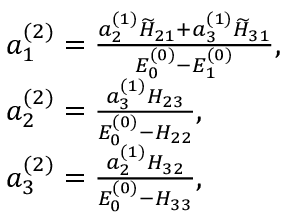
\begin{array} { r l } & { a _ { 1 } ^ { ( 2 ) } = \frac { a _ { 2 } ^ { ( 1 ) } \widetilde H _ { 2 1 } + a _ { 3 } ^ { ( 1 ) } \widetilde H _ { 3 1 } } { E _ { 0 } ^ { ( 0 ) } - E _ { 1 } ^ { ( 0 ) } } , } \\ & { a _ { 2 } ^ { ( 2 ) } = \frac { a _ { 3 } ^ { ( 1 ) } H _ { 2 3 } } { E _ { 0 } ^ { ( 0 ) } - H _ { 2 2 } } , } \\ & { a _ { 3 } ^ { ( 2 ) } = \frac { a _ { 2 } ^ { ( 1 ) } H _ { 3 2 } } { E _ { 0 } ^ { ( 0 ) } - H _ { 3 3 } } , } \end{array}